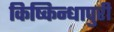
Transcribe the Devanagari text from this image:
किष्किन्धापुरी